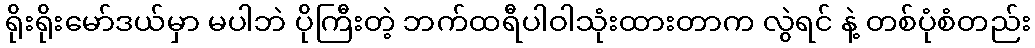
ရိုးရိုးမော်ဒယ်မှာ မပါဘဲ ပိုကြီးတဲ့ ဘက်ထရီပါဝါသုံးထားတာက လွဲရင် နဲ့ တစ်ပုံစံတည်း